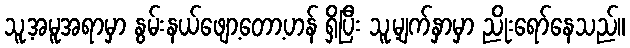
သူ့အမူအရာမှာ နွမ်းနယ်ဖျော့တော့ဟန် ရှိပြီး သူ့မျက်နှာမှာ ညိုးရော်နေသည်။